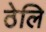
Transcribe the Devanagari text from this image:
ठेलि